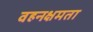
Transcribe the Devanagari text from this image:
वहनक्षमता